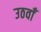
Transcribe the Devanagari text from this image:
उठवाँ